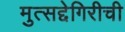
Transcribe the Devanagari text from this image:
मुत्सद्देगिरीची